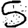
Digit: 5